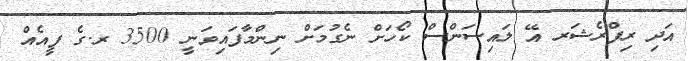
އަދި ރިފްރެޝަރ އޭ ލައިސަންސް ކޯހަށް ނެގުމަށް ނިންމާފައިވަނީ 3500 ރ.ގެ ފީއެއް